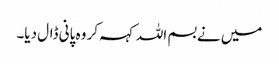
میں نے بسم اللہ کہہ کر وہ پانی ڈال دیا۔